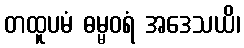
တထူပမံ ဓမ္မဝရံ အဒေသယိ၊